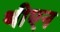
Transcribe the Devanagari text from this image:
थीएन